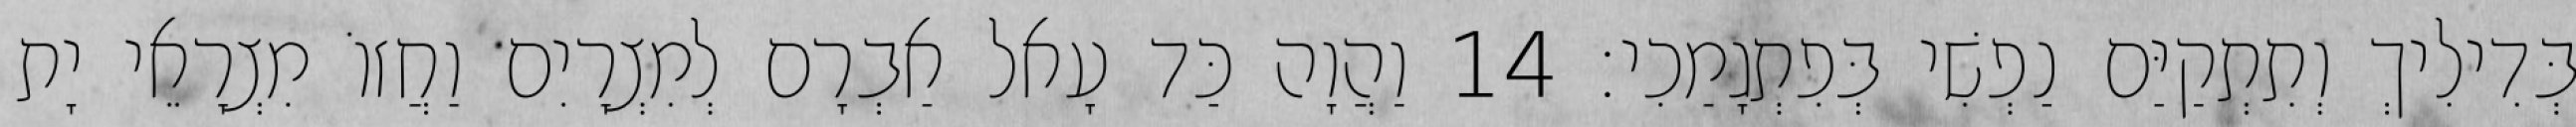
בְּדִילִיךְ וְתִתְקַיַּם נַפְשִׁי בְּפִתְגָמַכִי׃ 14 וַהֲוָה כַּד עָאל אַבְרָם לְמִצְרָיִם וַחֲזוֹ מִצְרָאֵי יָת